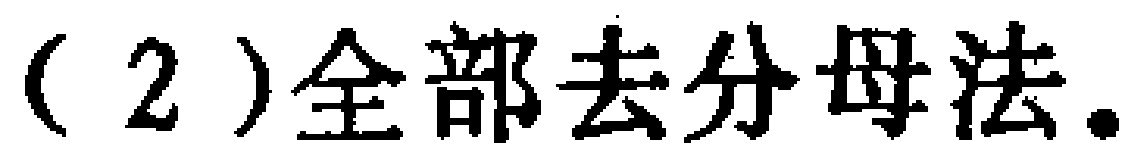
（2）全部去分母法。